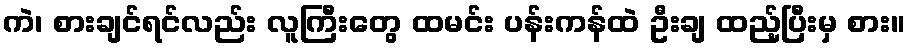
ကဲ၊ စားချင်ရင်လည်း လူကြီးတွေ ထမင်း ပန်းကန်ထဲ ဦးချ ထည့်ပြီးမှ စား။